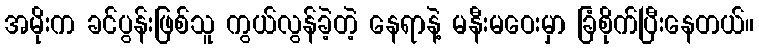
အမိုးက ခင်ပွန်းဖြစ်သူ ကွယ်လွန်ခဲ့တဲ့ နေရာနဲ့ မနီးမဝေးမှာ ခြံစိုက်ပြီးနေတယ်။